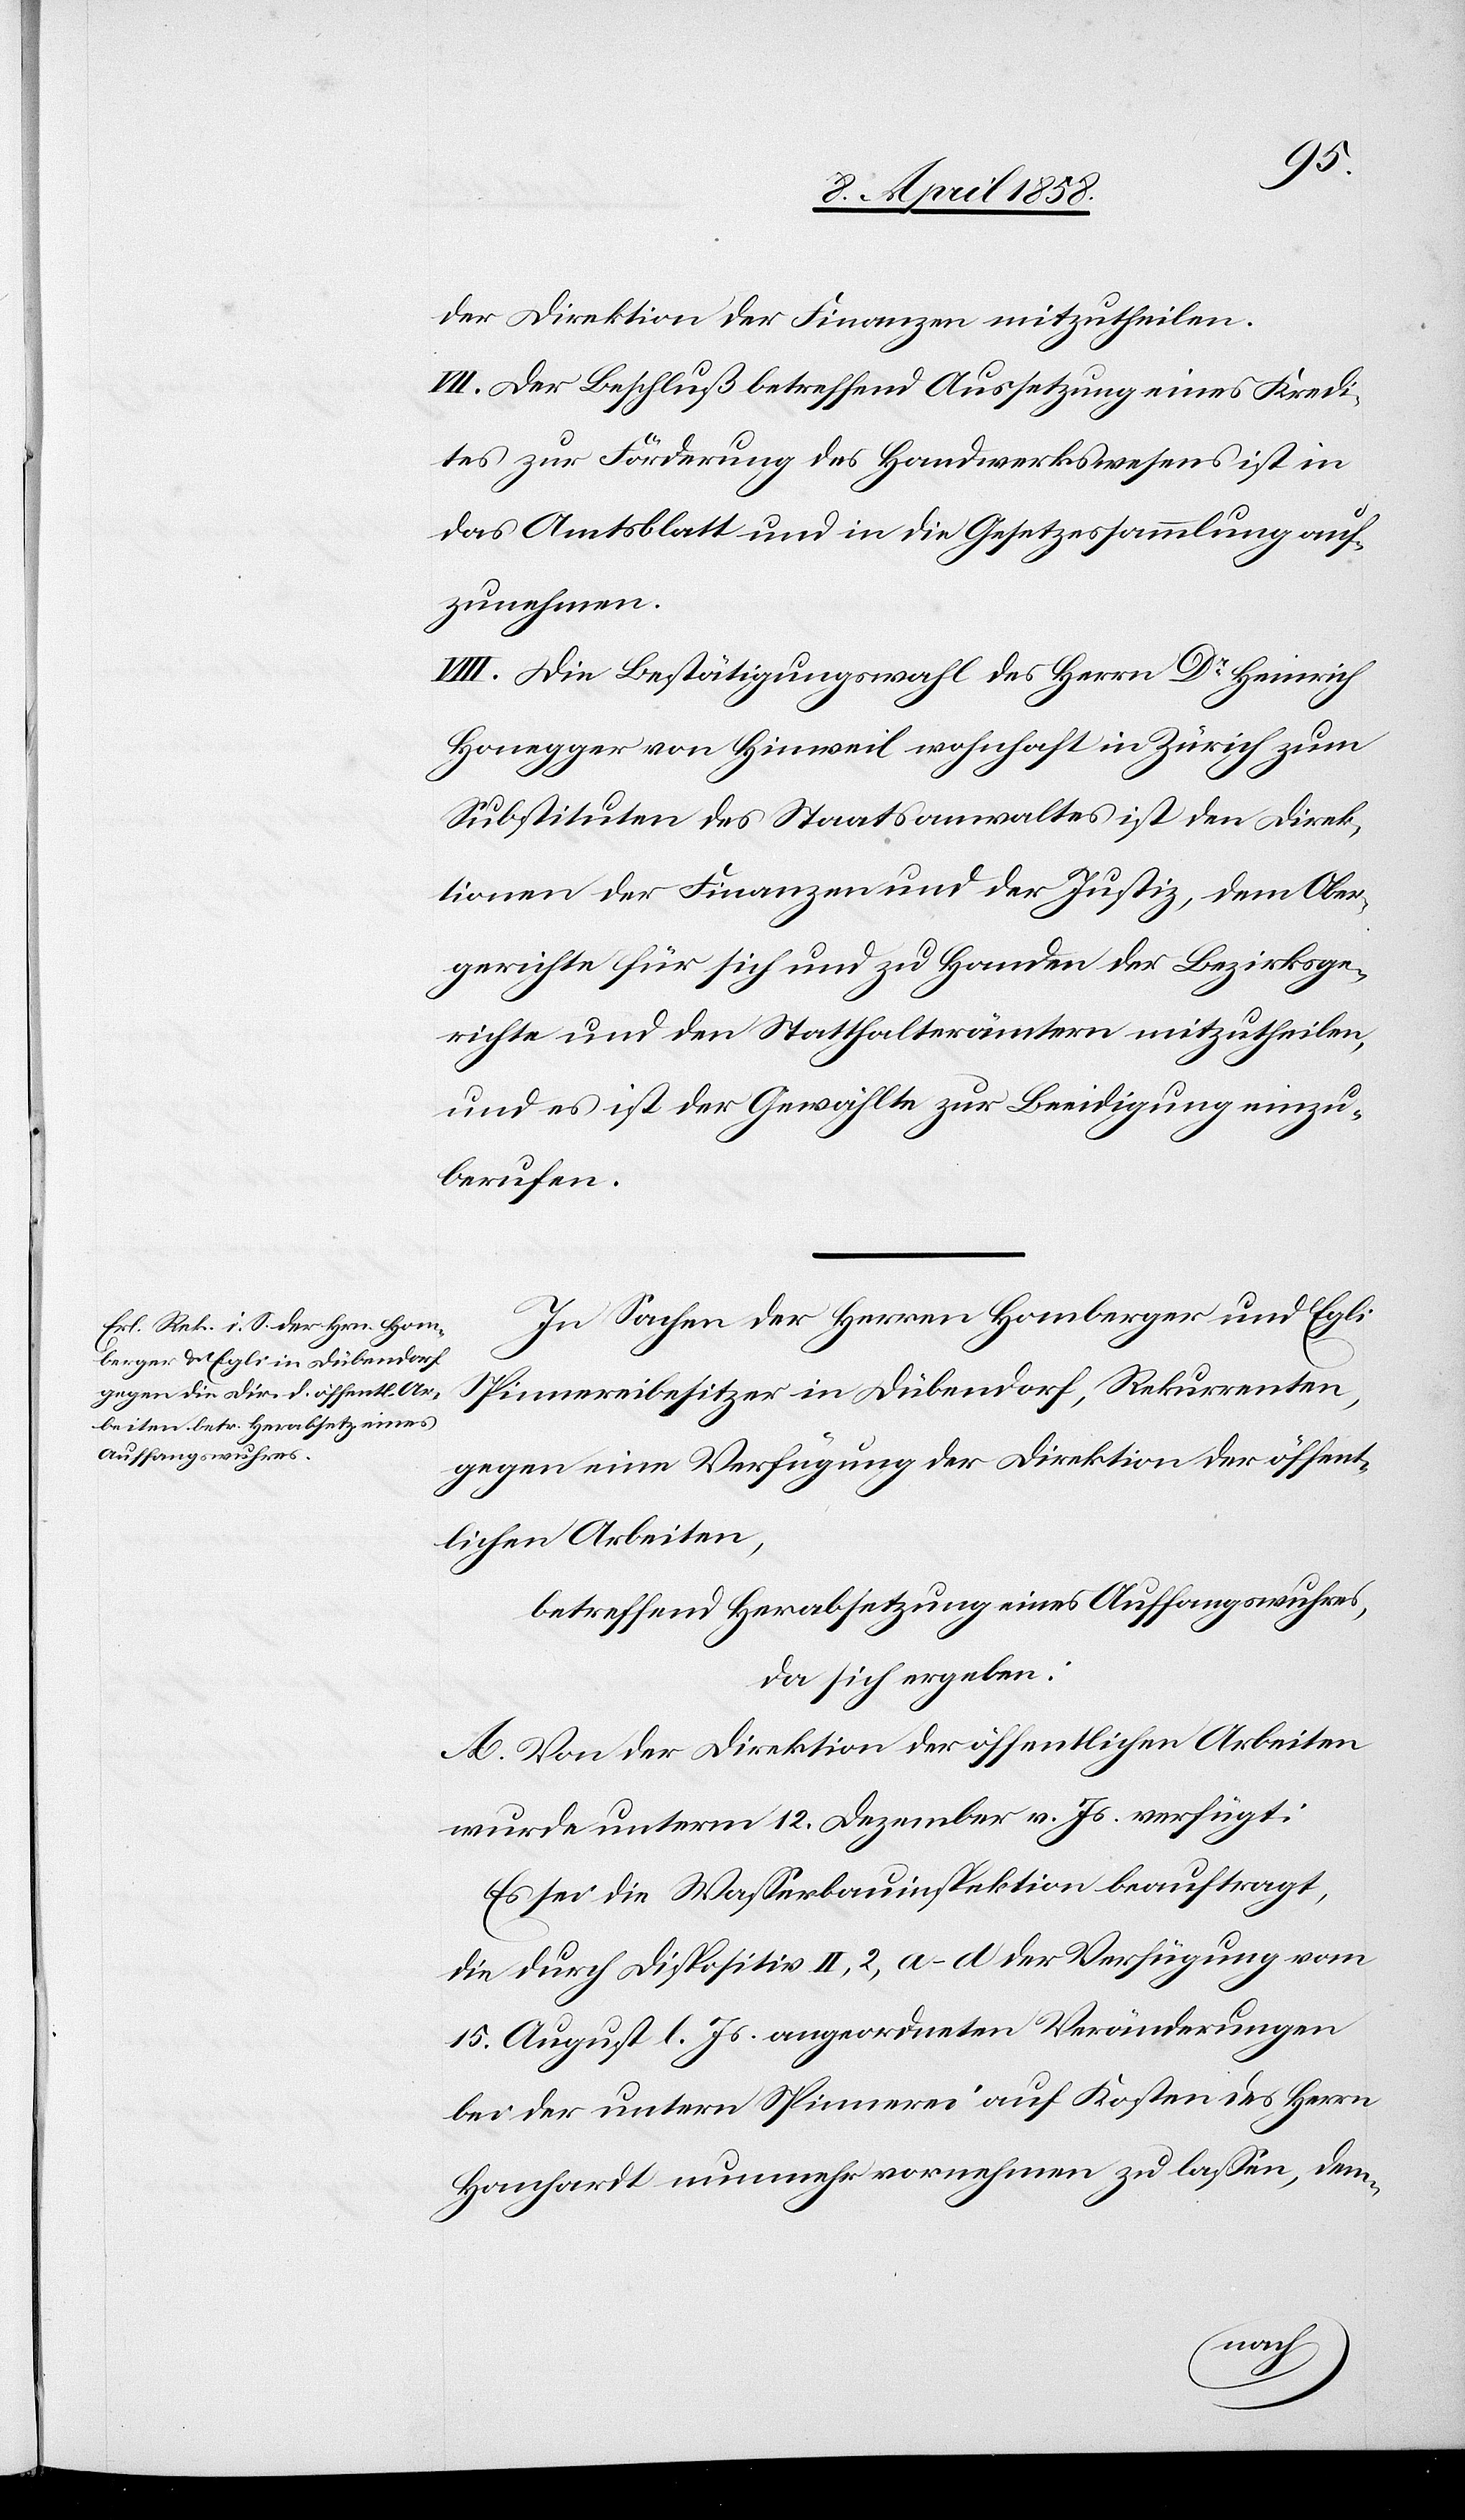
der Direktion der Finanzen mitzutheilen.
VII. Die Bestätigungswahl des Herrn Dr Heinrich
Honegger von Hinweil wohnhaft in Zürich zum
Substituten des Staatsanwaltes ist den Direk¬
tionen der Finanzen und der Justiz, dem Ober¬
gerichte für sich und zu Handen der Bezirksge¬
richte und den Statthalterämtern mitzutheilen,
und es ist der Gewählte zur Beeidigung einzu¬
berufen.
In Sachen der Herren Homberger und Egli
Spinnereibesitzer in Dübendorf, Rekurrenten,
gegen eine Verfügung der Direktion der öffent¬
lichen Arbeiten,
betreffend Herabsetzung eines Auffangswuhres,
da sich ergeben:
A. Von der Direktion der öffentlichen Arbeiten
wurde unterm 12. Dezember v. Js. verfügt:
Es sei die Wasserbauinspektion beauftragt,
die durch Dispositiv II, 2, a–d der Verfügung vom
15. August l. Js. angeordneten Veränderungen
bei der untern Spinnerei auf Kosten des Herrn
Hanhardt nunmehr vornehmen zu lassen, dem-